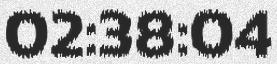
02:38:04